Riigikantselei, lk 531
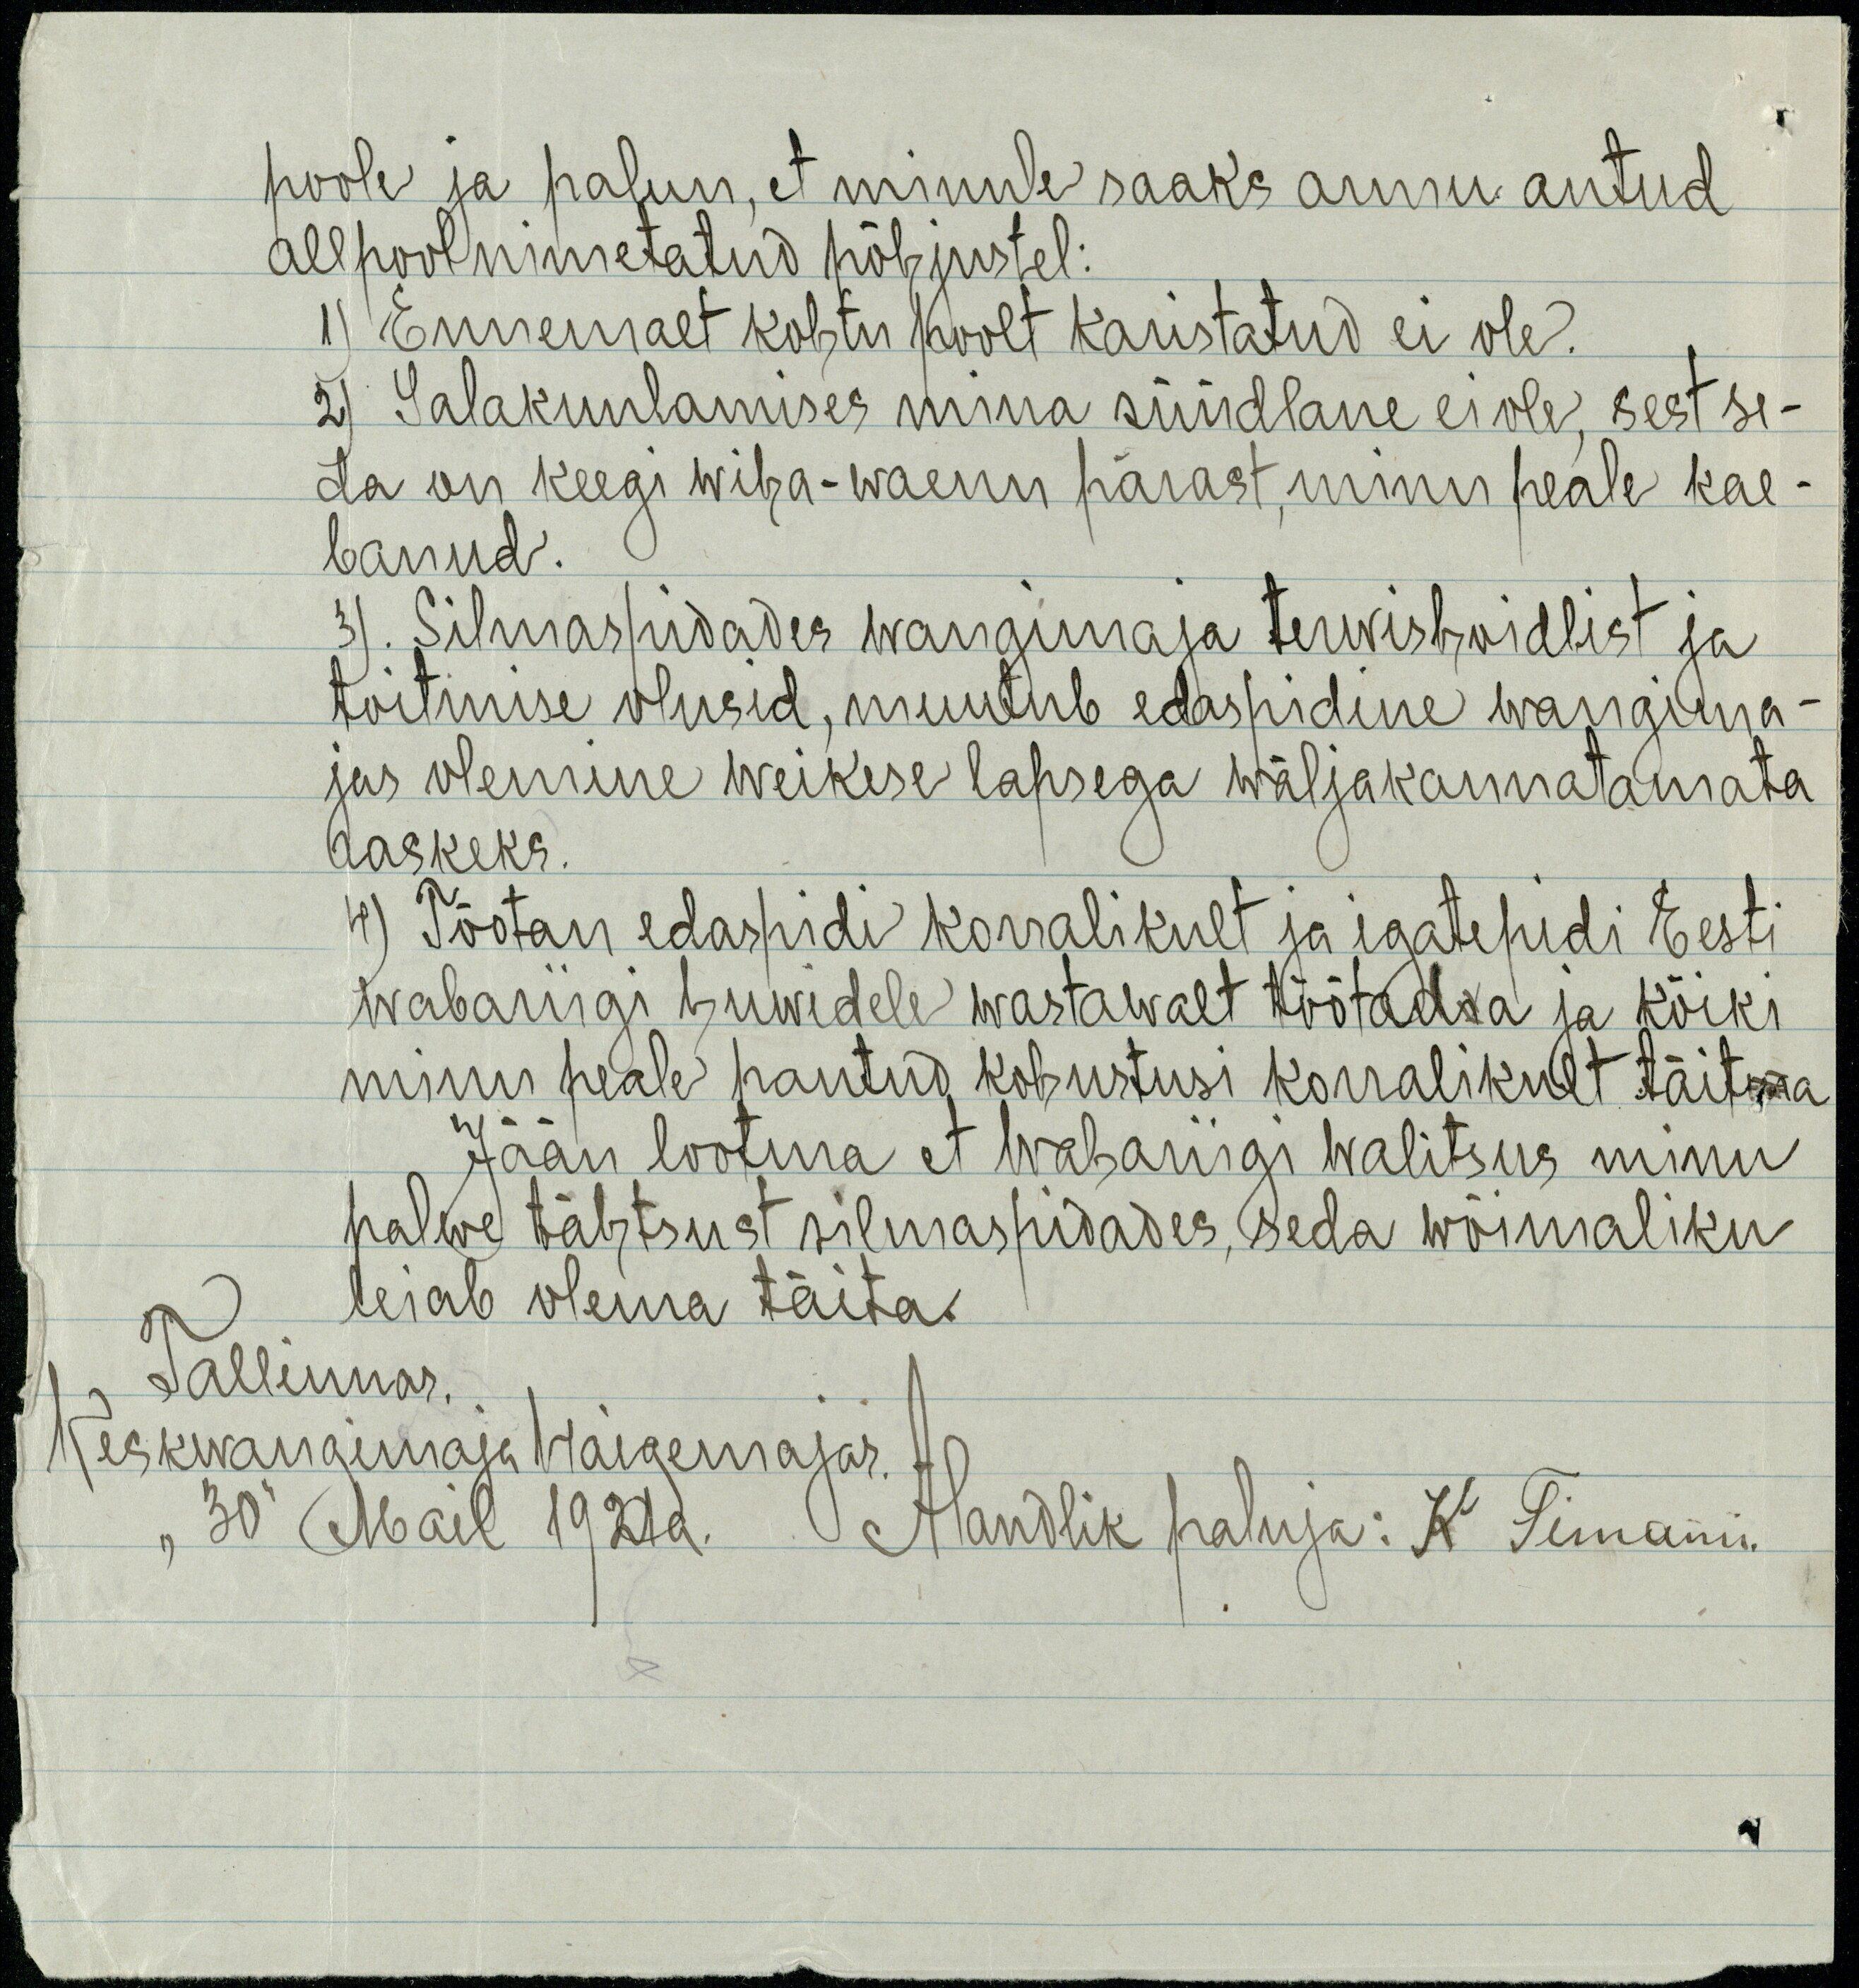
poole ja palun, et minule saaks armu antud
allpool nimetatud põbjustel:
1) Ennemalt kohtu poolt karistatud ei ole.
2) Salakuulamises mina süüdlane ei ole, sest se-
da on keegi wiha-waenu pärast, minu peale kae-
banud.
3). Silmaspidades wangimaja terwishoidlist ja
toitmise olusid, muutub edaspidine wangima-
jas olemine weikese lapsega wäljakannatamata
raskeks.
4) Tõotan edaspidi korralikult ja igatepidi Eesti
Wabariigi huwidele wastawalt töötadsa ja kõiki
minu peale pantud kohustusi korralikult täitma
Jään lootma et Wabariigi walitsus minu
palwe tähtsust silmaspidades, seda wõimaliku
leiab olema täita.
Tallinnas.
Keskwangimaja haigemajas.
"30" Mail 1921 a. Alandlik paluja: K Timann